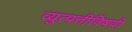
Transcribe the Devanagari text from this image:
व्युत्पत्तीविषयी